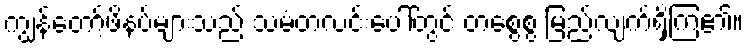
ကျွန်တော့်ဖိနပ်များသည် သမံတလင်းပေါ်တွင် တစွေစွ မြည်လျက်ရှိကြ၏။